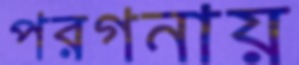
পরগনায়